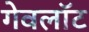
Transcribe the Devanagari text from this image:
गेवलॉट